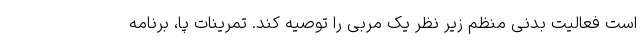
است فعالیت بدنی منظم زیر نظر یک مربی را توصیه کند. تمرینات پا، برنامه